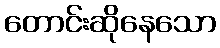
တောင်းဆိုနေသော